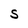
Character: S